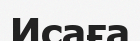
Исаға